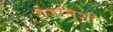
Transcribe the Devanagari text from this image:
रॊजनिशी